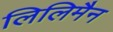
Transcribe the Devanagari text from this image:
लिलिमैन